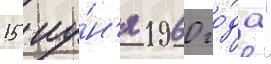
15 иу́н'я 1960 го́да"